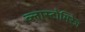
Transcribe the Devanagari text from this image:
ब्लास्टोमिरेज